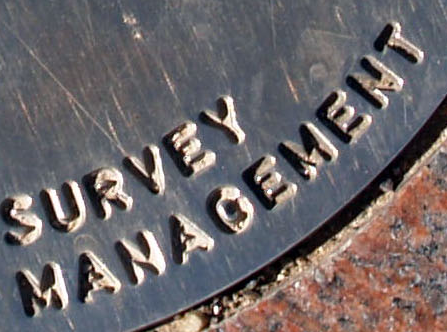
MANAGEMENT